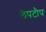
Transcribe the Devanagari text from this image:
लैपटौप